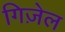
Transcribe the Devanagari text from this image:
गिज़ेल